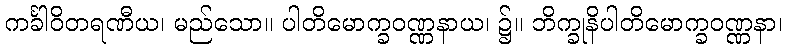
ကင်္ခါဝိတရဏီယ၊ မည်သော။ ပါတိမောက္ခဝဏ္ဏနာယ၊ ၌။ ဘိက္ခုနိပါတိမောက္ခဝဏ္ဏနာ၊